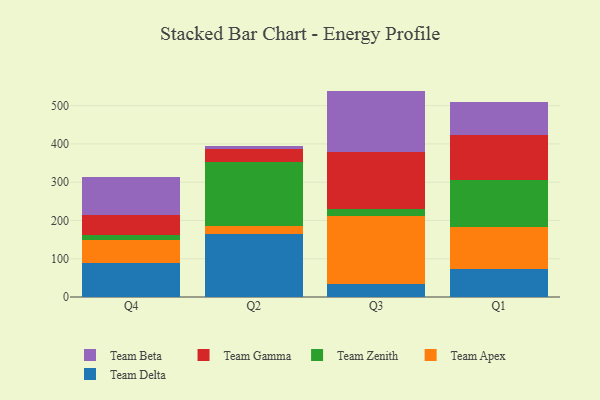
{"axis": {"x": "Quarter", "y": "Production Output"}, "legend": ["Team Apex", "Team Beta", "Team Delta", "Team Gamma", "Team Zenith"], "data": [{"x": "Q4", "y": 87.9, "type": "Team Delta"}, {"x": "Q4", "y": 60.6, "type": "Team Apex"}, {"x": "Q4", "y": 12.4, "type": "Team Zenith"}, {"x": "Q4", "y": 52.1, "type": "Team Gamma"}, {"x": "Q4", "y": 99.5, "type": "Team Beta"}, {"x": "Q2", "y": 165.6, "type": "Team Delta"}, {"x": "Q2", "y": 19.5, "type": "Team Apex"}, {"x": "Q2", "y": 167.8, "type": "Team Zenith"}, {"x": "Q2", "y": 33.9, "type": "Team Gamma"}, {"x": "Q2", "y": 6.8, "type": "Team Beta"}, {"x": "Q3", "y": 33.2, "type": "Team Delta"}, {"x": "Q3", "y": 179.6, "type": "Team Apex"}, {"x": "Q3", "y": 18.0, "type": "Team Zenith"}, {"x": "Q3", "y": 148.5, "type": "Team Gamma"}, {"x": "Q3", "y": 159.3, "type": "Team Beta"}, {"x": "Q1", "y": 72.7, "type": "Team Delta"}, {"x": "Q1", "y": 110.8, "type": "Team Apex"}, {"x": "Q1", "y": 122.7, "type": "Team Zenith"}, {"x": "Q1", "y": 116.4, "type": "Team Gamma"}, {"x": "Q1", "y": 87.1, "type": "Team Beta"}]}